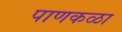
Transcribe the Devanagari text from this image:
पाणकळा